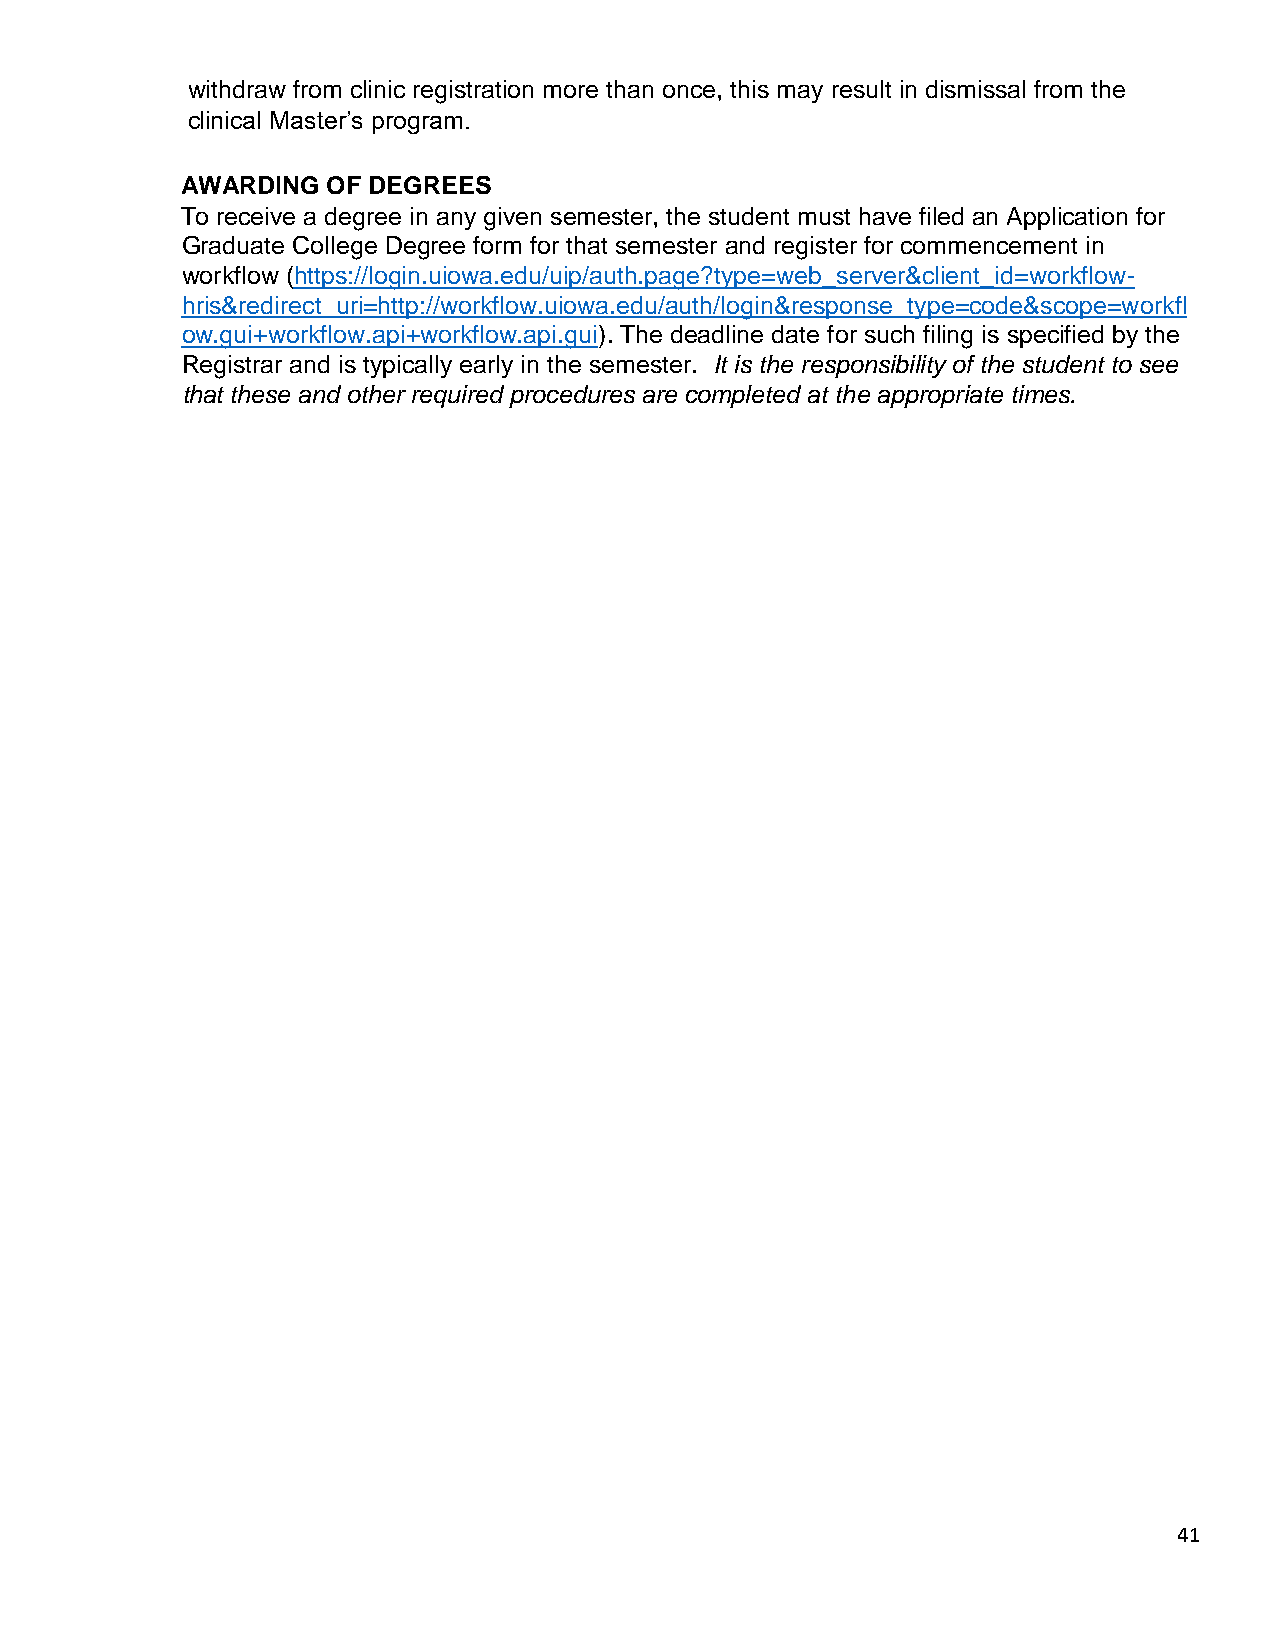
withdraw from clinic registration more than once, this may result in dismissal from the
 clinical Master’s program.
 AWARDING  OF DEGREES
 To receive a degree in any given semester, the student must have filed an Application for
 Graduate College Degree form for that semester and register for commencement in
 workflow (https://login.uiowa.edu/uip/auth.page?type=web_server&client_id=workflow-
 hris&redirect_uri=http://workflow.uiowa.edu/auth/login&response_type=code&scope=workfl
 ow.gui+workflow.api+workflow.api.gui). The deadline date for such filing is specified by the
 Registrar and is typically early in the semester. It is the responsibility of the student to see
 that these and other required procedures are completed at the appropriate times.
 41